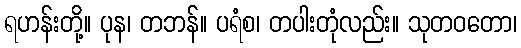
ရဟန်းတို့။ ပုန၊ တဘန်။ ပရံစ၊ တပါးတုံလည်း။ သုတဝတော၊